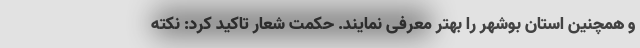
و همچنین استان بوشهر را بهتر معرفی نمایند. حکمت شعار تاکید کرد: نکته